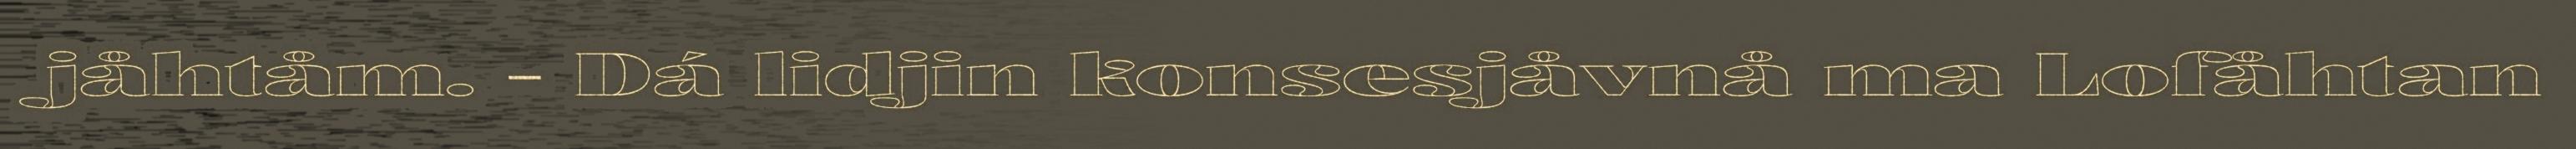
jåhtåm. - Dá lidjin konsesjåvnå ma Lofåhtan